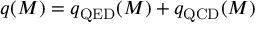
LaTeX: q ( M ) = q _ { \mathrm { Q E D } } ( M ) + q _ { \mathrm { Q C D } } ( M )